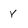
Character: Y